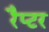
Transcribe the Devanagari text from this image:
रैप्‍टर